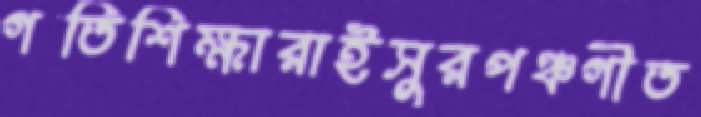
গতিশিক্ষারাইসুরপঞ্চগীত